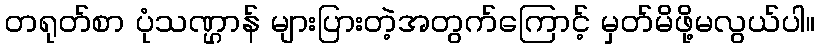
တရုတ်စာ ပုံသဏ္ဌာန် များပြားတဲ့အတွက်ကြောင့် မှတ်မိဖို့မလွယ်ပါ။